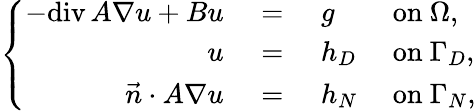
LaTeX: \left\{ \begin{array}{rcll}{-\mathrm{div}\, A\nabla u+Bu}&{\, \, =\, \, }&{g}&{\mathrm{~on~}\Omega,}\\ {u}&{\, \, =\, \, }&{h_{D}}&{\mathrm{~on~}\Gamma_{D},}\\ {\vec{n}\cdot A\nabla u}&{\, \, =\, \, }&{h_{N}}&{\mathrm{~on~}\Gamma_{N},}\end{array}\right.